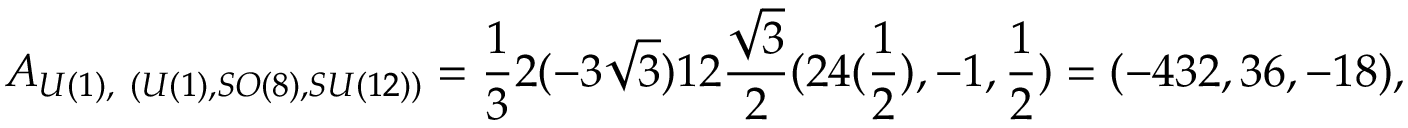
A _ { U ( 1 ) , ~ ( U ( 1 ) , S O ( 8 ) , S U ( 1 2 ) ) } = \frac { 1 } { 3 } 2 ( - 3 \sqrt { 3 } ) 1 2 \frac { \sqrt { 3 } } { 2 } ( 2 4 ( \frac { 1 } { 2 } ) , - 1 , \frac { 1 } { 2 } ) = ( - 4 3 2 , 3 6 , - 1 8 ) ,